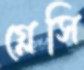
গ্লেসি